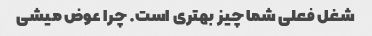
شغل فعلی شما چیز بهتری است. چرا عوض میشی